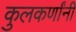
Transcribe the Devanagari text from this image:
कुलकर्णांनी